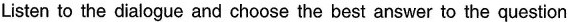
Listen to the dialogue and choose the best answer to the question